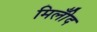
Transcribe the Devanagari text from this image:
मिलीँद